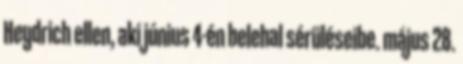
Heydrich ellen, aki június 4-én belehal sérüléseibe. május 28.